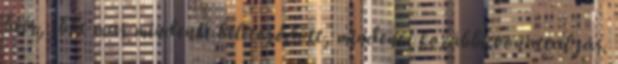
beér, ebbe már mindenki beletörődött, mindenki korábbi vonattal jár.